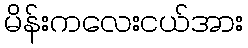
မိန်းကလေးငယ်အား